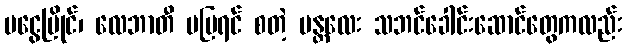
မငွေမြိုင်၊ လေဘာတီ မမြရင် စတဲ့ မန္တလေး သဘင်ခေါင်းဆောင်တွေကလည်း